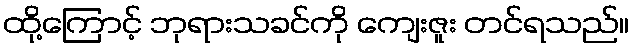
ထို့ကြောင့် ဘုရားသခင်ကို ကျေးဇူး တင်ရသည်။